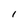
Character: I